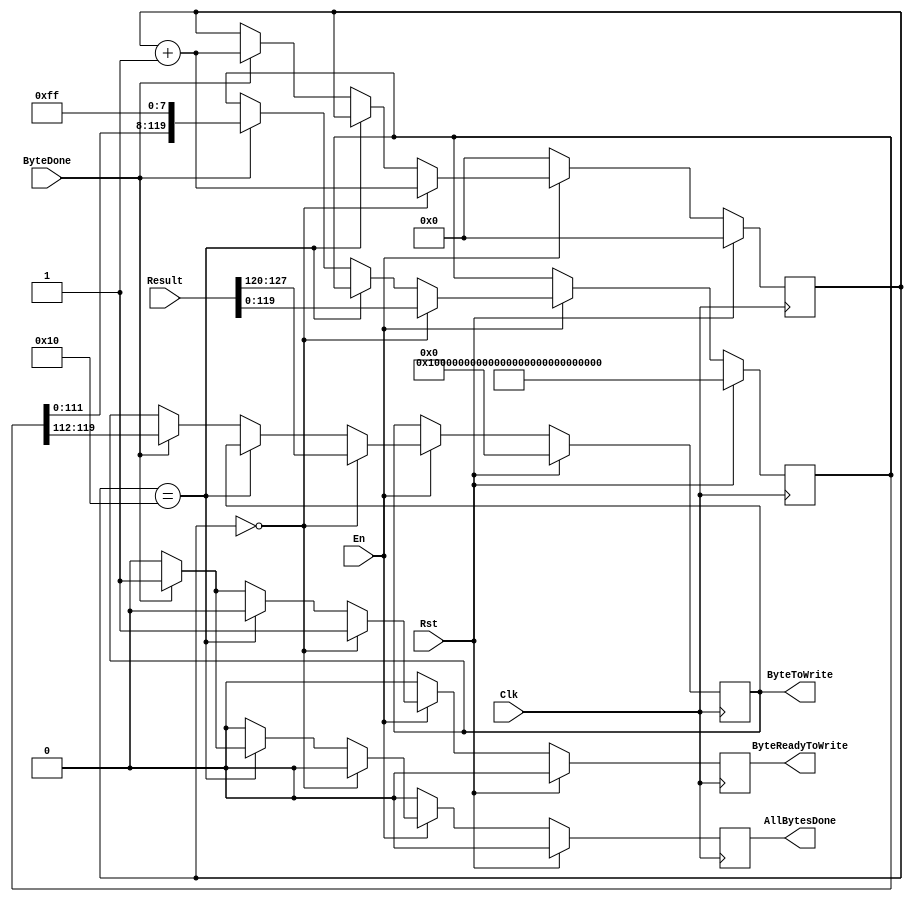
`timescale 1ns / 1ps
//////////////////////////////////////////////////////////////////////////////////
// Company: 
// Engineer: 
// 
// Design Name: 
// Module Name:    Write16Bytes 
// Project Name: 
// Target Devices: 
// Tool versions: 
// Description: 
//
// Dependencies: 
//
// Revision: 
// Revision 0.01 - File Created
// Additional Comments: 
//
//////////////////////////////////////////////////////////////////////////////////
module Write16Bytes(
    input [127:0] Result, // input
    output reg [7:0] ByteToWrite, // output
    output reg ByteReadyToWrite, // output
    output reg AllBytesDone,
    input ByteDone, // input
    input En, // input
    input Clk, // input
    input Rst // input
    );

    reg [4:0] byteCount;
    reg [119:0] auxResult;

    always @(negedge Clk) begin
        if (Rst) begin
            byteCount = 0;
            ByteReadyToWrite = 1'b0;
            ByteToWrite = 0;
            AllBytesDone = 1'b0;
            auxResult = 120'hFFFF_FFFF_FFFF_FFFF_FFFF_FFFF_FFFF;
        end
        else if (En == 1'b1) begin
            if (byteCount == 0) begin
                auxResult = Result[119:0];
                ByteToWrite = Result[127:120];
                AllBytesDone = 1'b0;
                byteCount = byteCount + 1;
                ByteReadyToWrite = 1'b1;
            end
            else if (byteCount == 16) begin
                ByteReadyToWrite = 1'b0;
                if (ByteDone == 1'b1) begin
                    AllBytesDone = 1'b1;
                end else begin
                    AllBytesDone = 1'b0;
                end
            end
            else if (ByteDone == 1'b1) begin
                AllBytesDone = 1'b0;
                byteCount = byteCount + 1;
                ByteToWrite = auxResult[119:112];
                auxResult = {auxResult[111:0], 8'hFF};
                ByteReadyToWrite = 1'b1;
            end
            else begin
                ByteReadyToWrite = 1'b0;
                AllBytesDone = 1'b0;
            end
        end
        else begin
            byteCount = 0;
            ByteReadyToWrite = 1'b0;
            AllBytesDone = 1'b0;
        end
    end

endmodule